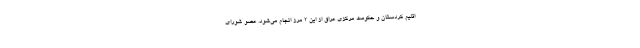
اقلیم کردستان و حکومت مرکزی عراق از این ۲ مرز انجام می‌شود. عضو شورای